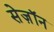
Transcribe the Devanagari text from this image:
सेज़ॉन